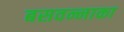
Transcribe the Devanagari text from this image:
बसवन्नाका